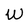
Character: W